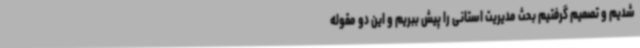
شدیم و تصمیم گرفتیم بحث مدیریت استانی را پیش ببریم و این دو مقوله